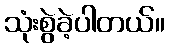
သုံးစွဲခဲ့ပါတယ်။